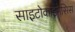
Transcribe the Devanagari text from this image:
साइटोकाइनेसिस